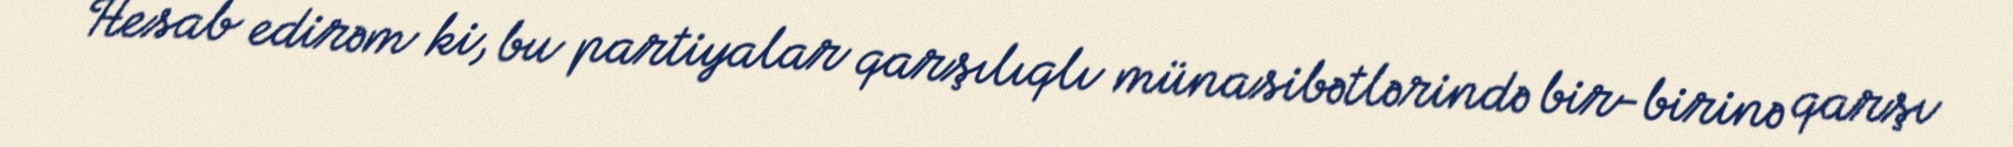
Hesab edirəm ki, bu partiyalar qarşılıqlı münasibətlərində bir-birinə qarşı